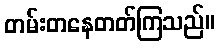
တမ်းတနေတတ်ကြသည်။